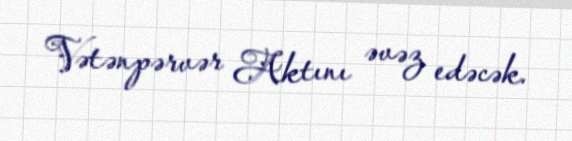
Vətənpərvər Aktını əvəz edəcək.